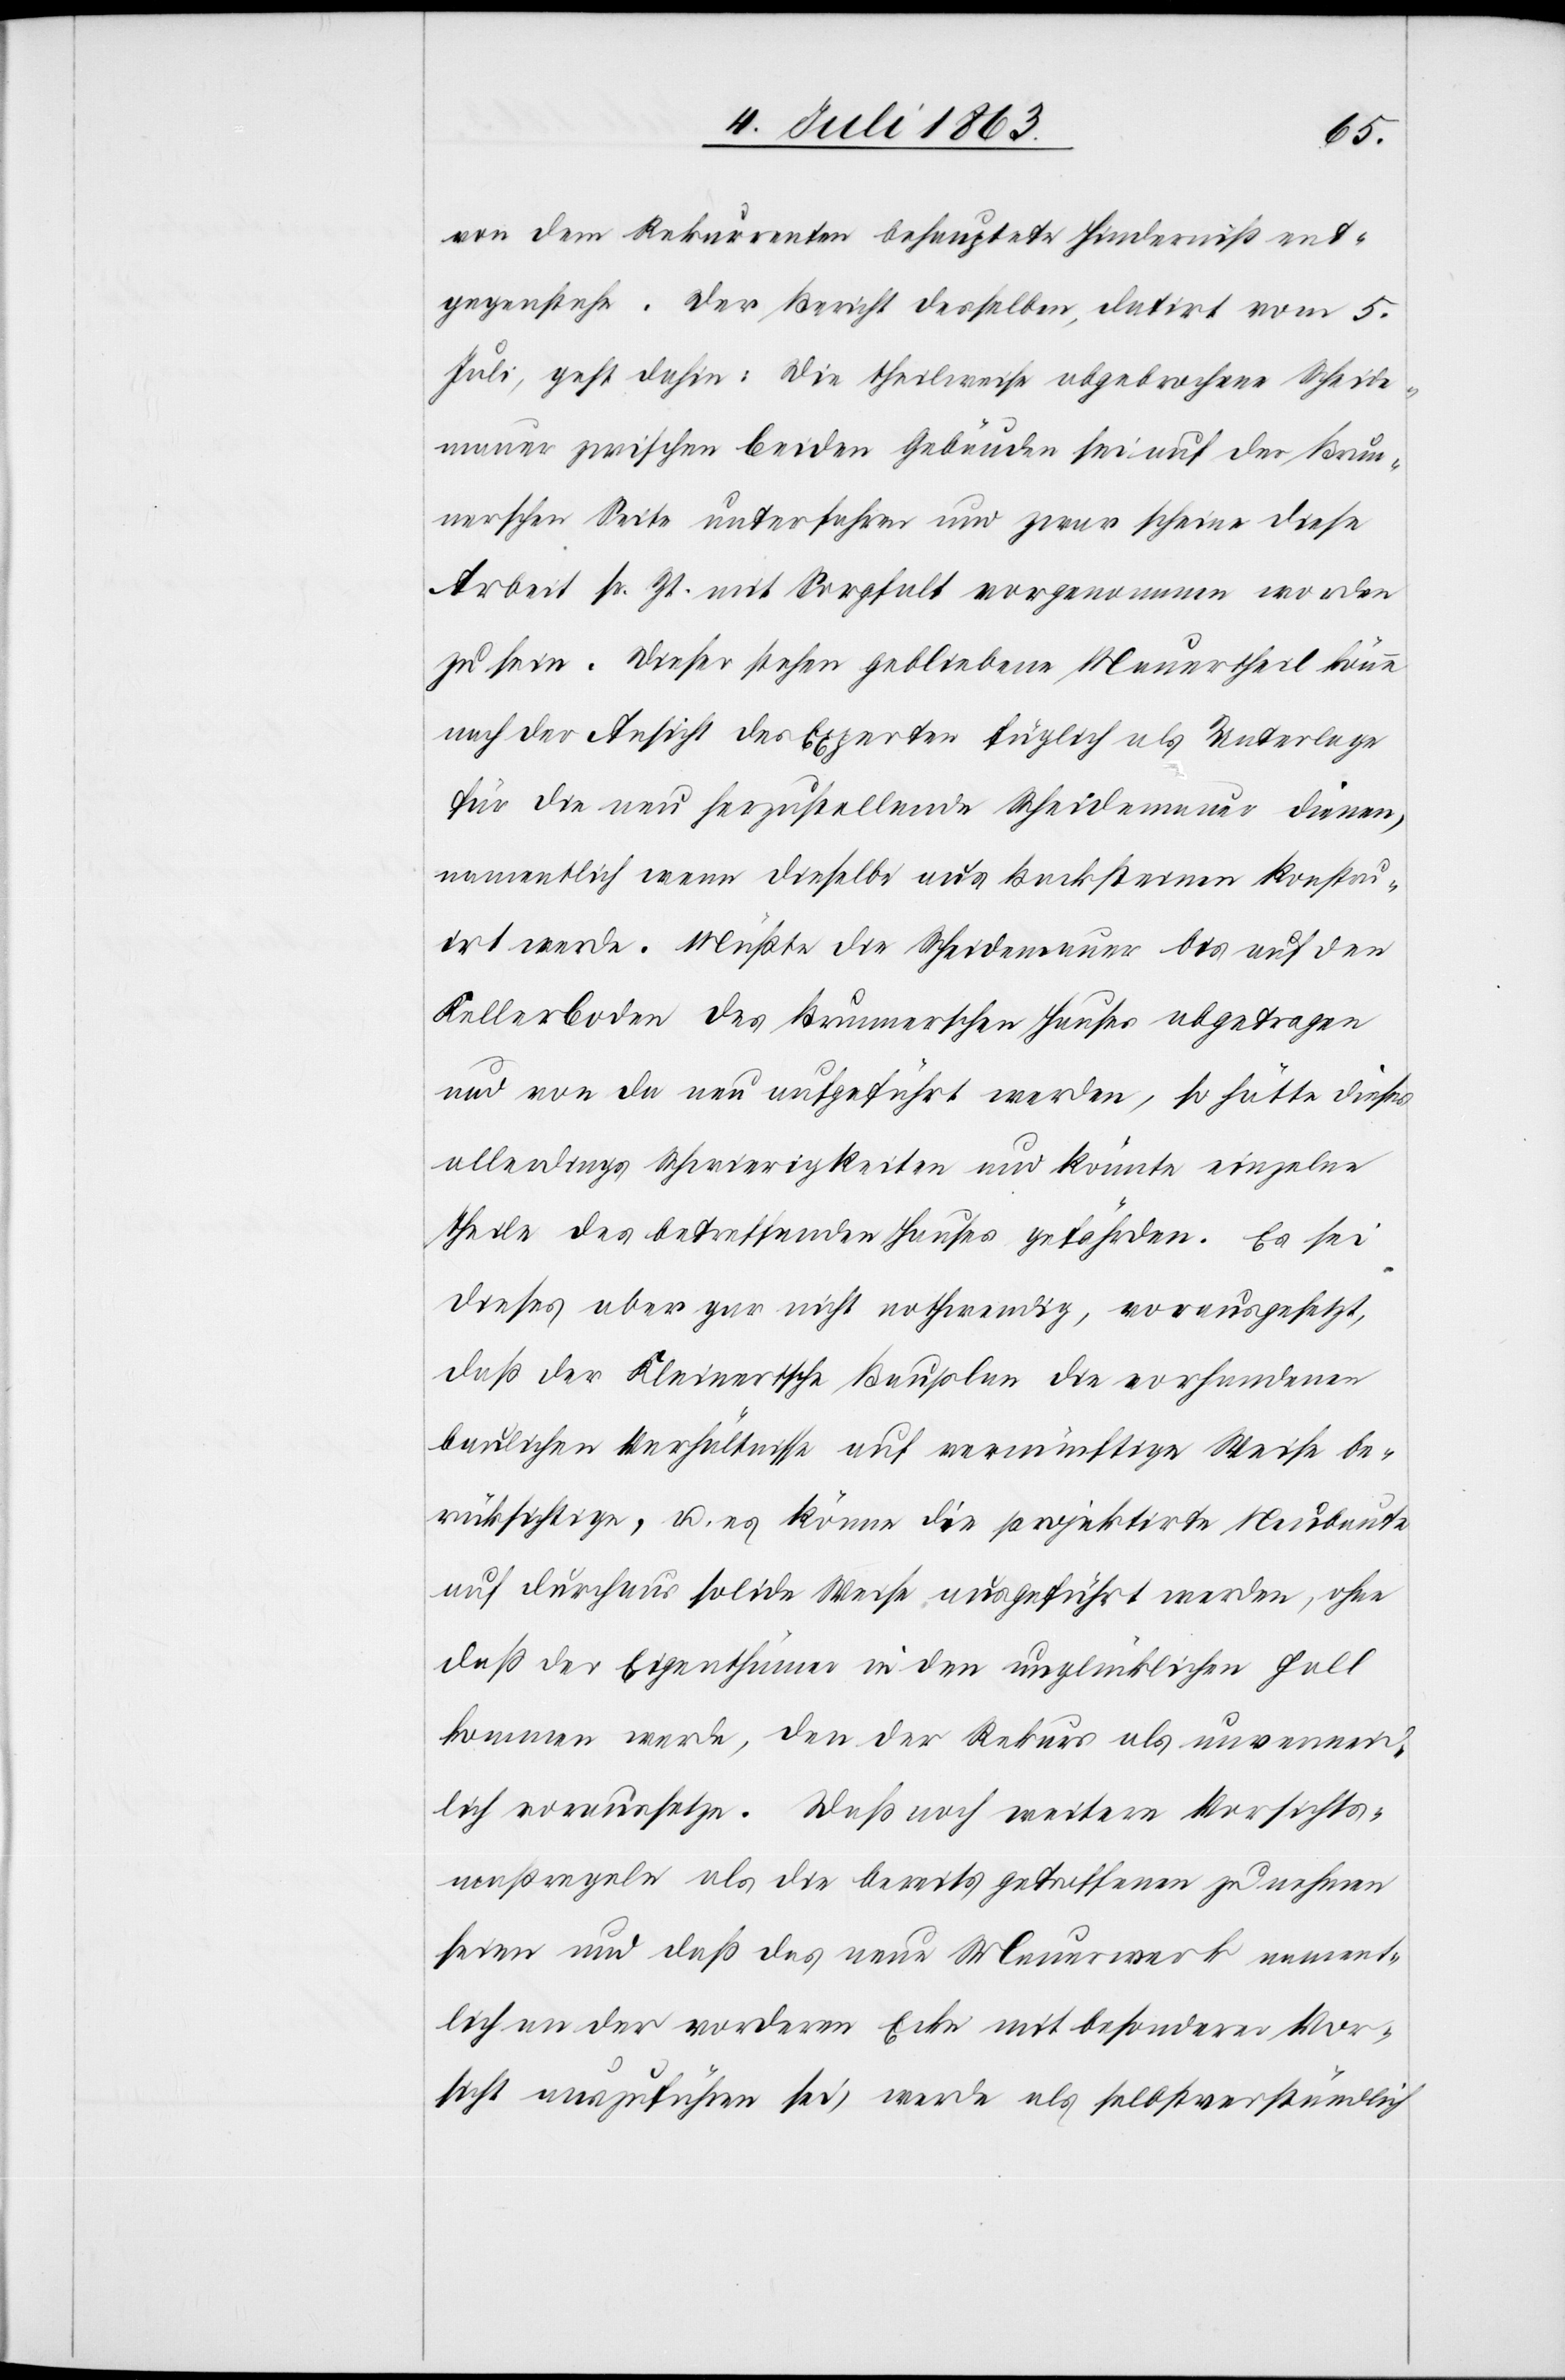
von dem Rekurrenten behauptete Hinderniß ent¬
gegenstehe. Der Bericht desselben, datirt vom 5.
Juli, geht dahin: Die theilweise abgebrochene Scheide¬
mauer zwischen beiden Gebäuden sei auf der Brun¬
nerschen Seite unterfahren und zwar scheine diese
Arbeit sr. Zt. mit Sorgfalt vorgenommen worden
zu sein. Dieser stehen gebliebene Mauertheil könne
nach der Ansicht des Experten füglich als Unterlage
für die neu herzustellende Scheidemauer dienen,
namentlich wenn dieselbe aus Backsteinen konstru¬
irt werde. Müßte die Scheidemauer bis auf den
Kellerboden des Brunnerschen Hauses abgetragen
und von da neu aufgeführt werden, so hätte dieses
allerdings Schwierigkeiten und könnte einzelne
Theile des betreffenden Hauses gefährden. Es sei
dieses aber gar nicht nothwendig, vorausgesetzt,
daß der Kleinertsche Bauplan die vorhandenen
baulichen Verhältnisse auf vernünftige Weise be¬
rücksichtige, u. es könne die projektirte Neubaute
auf durchaus solide Weise ausgeführt werden, ohne
daß der Eigenthümer in den unglücklichen Fall
kommen werde, den der Rekurs als unvermeid¬
lich voraussetze. Daß noch weitere Vorsichts¬
maßregeln als die bereits getroffenen zu nehmen
seien und daß das neue Mauerwerk nament¬
lich an der vorderen Ecke mit besonderer Vor¬
sicht auszuführen sei, werde als selbstverständlich